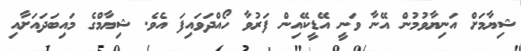
ޝިޔާމަށް އަނިޔާވުމުން އޭނާ ވަނީ އޭޑީކޭއިން ފަރުވާ ހޯއްދަވައިފަ އެވެ. ޝިޔާމްގެ މައިބަދައަށާއި